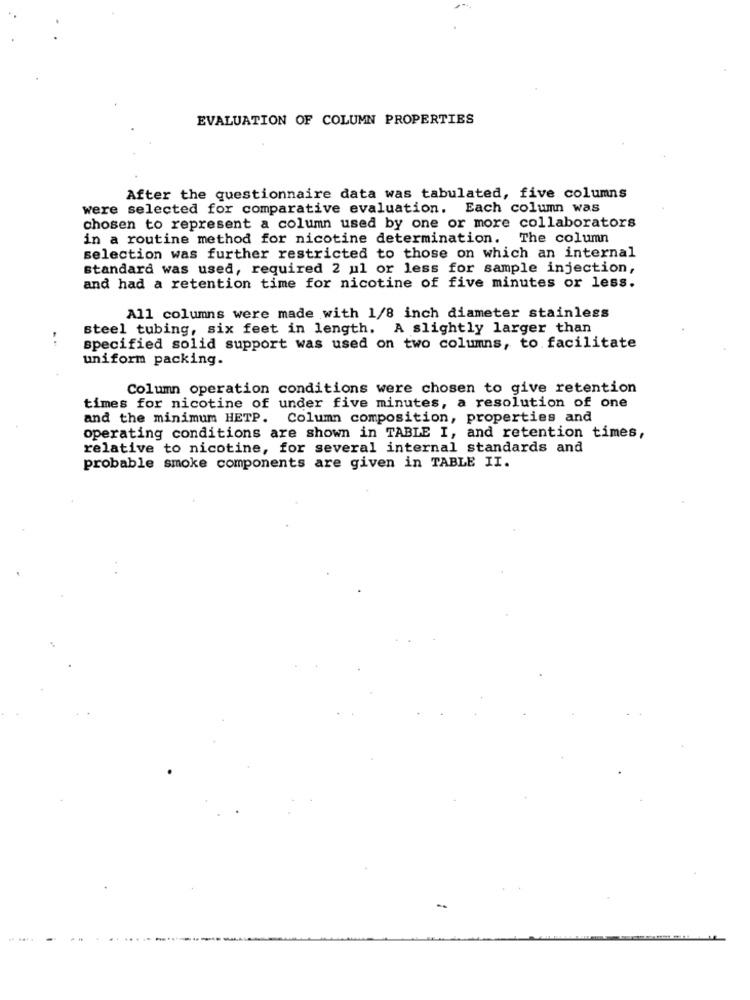
EVALUATION OF COLUMN PROPERTIES
After the questionnaire data was tabulated, five columns
were selected for comparative evaluation. Each column was
chosen to represent a column used by one or more collaborators
in a routine method for nicotine determination. The column
selection was further restricted to those on which an internal
standard was used, required 2 ul or less for sample injection,
and had a retention time for nicotine of five minutes or less.
All columns were made with 1/8 inch diameter stainless
steel tubing, six feet in length. A slightly larger than
specified solid support was used on two columns, to facilitate
uniform packing.
Column operation conditions were chosen to give retention
times for nicotine of under five minutes, a resolution of one
and the minimum HETP. Column composition, properties and
operating conditions are shown in TABLE I, and retention times,
relative to nicotine, for several internal standards and
probable smoke components are given in TABLE II.